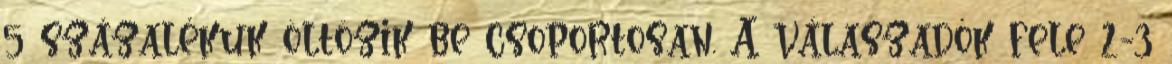
5 százalékuk öltözik be csoportosan. A válaszadók fele 2-3